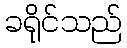
ခရိုင်သည်